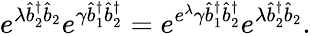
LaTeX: e^{\lambda\hat{b}_{2}^{\dagger}\hat{b}_{2}}e^{\gamma\hat{b}_{1}^{\dagger}\hat{b}_{2}^{\dagger}}=e^{e^{\lambda}\gamma\hat{b}_{1}^{\dagger}\hat{b}_{2}^{\dagger}}e^{\lambda\hat{b}_{2}^{\dagger}\hat{b}_{2}}.